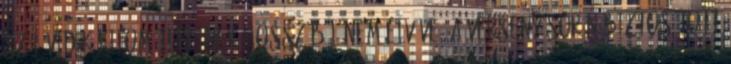
szőlővidék kilométereinek hosszából nem elvéve. A verseny során biztosított